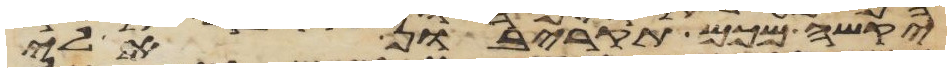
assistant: יקשה מכם תקריבון אלי